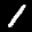
Label: 1